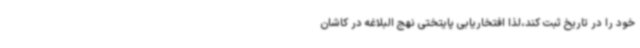
خود را در تاریخ ثبت کند،لذا افتخاریابی پایتختی نهج البلاغه در کاشان